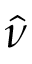
\hat { \nu }